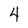
Character: 4